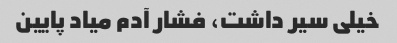
خیلی سیر داشت، فشار آدم میاد پایین